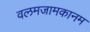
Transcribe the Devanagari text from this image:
वलमजामकानम